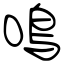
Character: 鳴